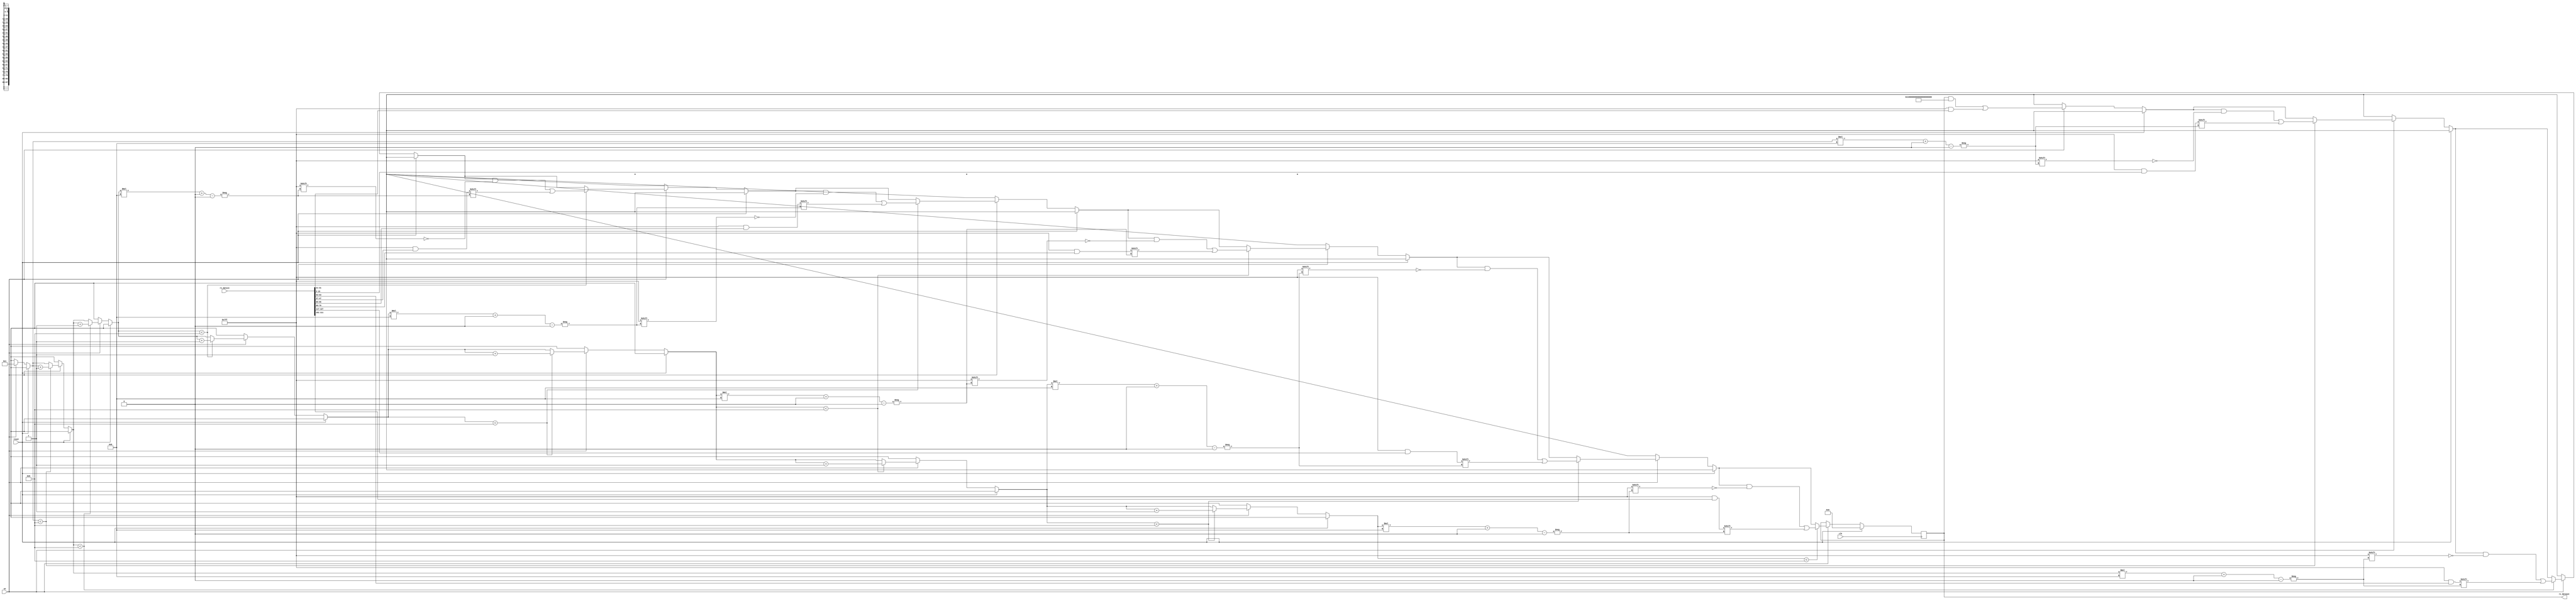
`timescale 1ns / 1ps
//////////////////////////////////////////////////////////////////////////////////
// Company: 
// Engineer: 
// 
// Design Name: 
// Module Name: jesd204b_tpl_rx
// Project Name: 
// Target Devices: 
// Tool Versions: 
// Description: Implementation of the transport layer in a jesd204b design 
//              Receiver (rx) side
// Dependencies: 
// 
// Revision:
// Revision 0.01 - File Created
// Additional Comments:
// 
//////////////////////////////////////////////////////////////////////////////////


module jesd204b_tpl_rx #(
	/* Parameters declaration */
	parameter LANES = 4,		// Number of lanes in the link
	parameter CONVERTERS = 8,	// Number of converters
	parameter RESOLUTION = 11,	// Converter resolution
	parameter CONTROL = 2, 		// Number of control bit
	parameter SAMPLE_SIZE = 16,	// Number of bits per sample
	parameter SAMPLES = 1 		// Number of samples per frame
	) (
	/* Input, output declaration 
		Input: Lane 0 with 4 octets will be rx_dataout[31:0]
		        starting at Octet 0 [31:24] -> Octet 4 [7:0]          
        Output: Converter 0 with resolution 11 will be rx_datain[10:0] */
    input clk,
    input reset,
    input en,
	input [SAMPLES*SAMPLE_SIZE*(CONVERTERS+(LANES-CONVERTERS%LANES)*|(CONVERTERS%LANES))-1:0] rx_datain,
    output reg [SAMPLES*CONVERTERS*RESOLUTION-1:0] rx_dataout
	);
	
	/* Parameters calculation */
    localparam TAILS = SAMPLE_SIZE - RESOLUTION - CONTROL;                          // Number of tail bits
    localparam OCTETS = (SAMPLES*SAMPLE_SIZE*(CONVERTERS+
                        (LANES-CONVERTERS%LANES)*|(CONVERTERS%LANES)))/(8*LANES) ;  // Number of octets per frame per lane
    
    /* Actual mapping of the transport layer */ 
    integer i, j;
    (* KEEP = "TRUE" *) reg [3:0] k;   // represent lane index, octet index, converter index
    always @(posedge clk) begin 
        if (reset) begin 
            rx_dataout = 0;
        end else if (en) begin 
            k = 0;
            // Looping for each lane
            for (i = 0; i < LANES; i = i+1) begin
                // Looping for every 2 octets 
                for (j = OCTETS; j > 0; j = j-2) begin
                    if (k < CONVERTERS) begin
                        rx_dataout[k*RESOLUTION +: RESOLUTION] = rx_datain[i*8*OCTETS+(j-2)*8+CONTROL+TAILS +: RESOLUTION];
                        // Next converter index
                        k = k + 1;    
                    end 
                end
            end
        end
    end
endmodule